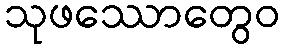
သုဖဿောတွေဝ